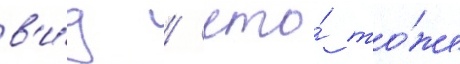
в'и́д / что́ то́же